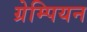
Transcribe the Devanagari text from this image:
ग्रेम्पियन